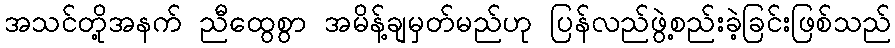
အသင်တို့အနက် ညီထွေစွာ အမိန့်ချမှတ်မည်ဟု ပြန်လည်ဖွဲ့စည်းခဲ့ခြင်းဖြစ်သည်